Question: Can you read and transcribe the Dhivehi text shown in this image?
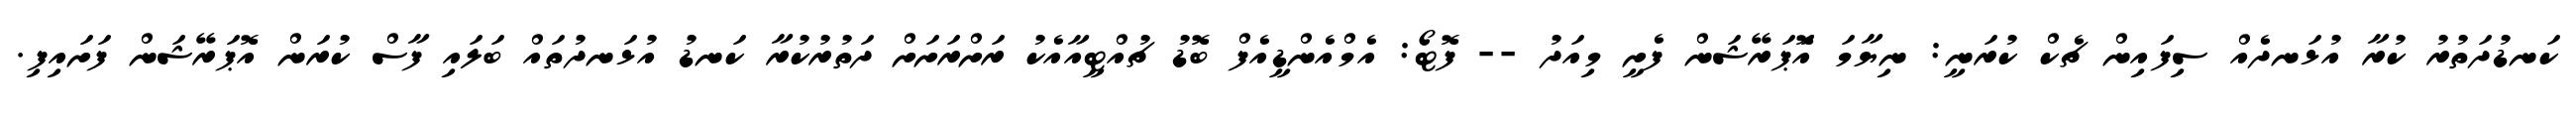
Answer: ކަނޑުދަތުރު ކުރާ އުޅަނދެއް ސިފައިން ޗެކް ކުރަނީ: ނިޔާމަ އޮަޕަރޭޝަން ފެށީ މިއަދު -- ފޮޓޯ: އެމްއެންޑީއެފް ބޮޑު ޗުއްޓީއާއެކު ރަށްރަށަށް ދަތުރުކުރާ ކަނޑު އުޅަނދުތައް ބަލައި ފާސް ކުރަން އޮޕަރޭޝަން ފަށައިފި.